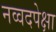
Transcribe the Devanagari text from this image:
नव्वदपेक्षा